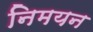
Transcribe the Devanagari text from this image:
निमयन